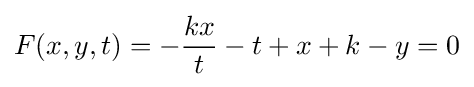
F(x,y,t)=-{\frac {kx}{t}}-t+x+k-y=0